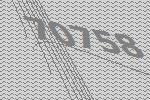
70758